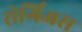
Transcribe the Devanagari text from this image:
सेर्गिअस